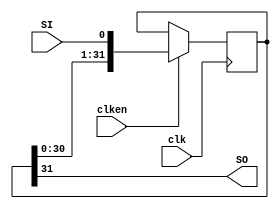
// https://www.xilinx.com/support/documentation/sw_manuals/xilinx2018_3/ug901-vivado-synthesis.pdf

// 8-bit Shift Register
// Rising edge clock
// Active high clock enable
// Concatenation-based template
(* top *)
module shift_registers_0 (clk, clken, SI, SO);
parameter WIDTH = 32;
input clk, clken, SI;
output SO;
reg [WIDTH-1:0] shreg;
always @(posedge clk)
begin
	if (clken)
		shreg <= {shreg[WIDTH-2:0], SI};
end
assign SO = shreg[WIDTH-1];
endmodule

`ifndef _AUTOTB
module __test ;
    wire [4095:0] assert_area = "cd shift_registers_0; select t:SRLC32E -assert-count 1; select t:BUFG t:SRLC32E %% %n t:* %i -assert-none";
endmodule
`endif